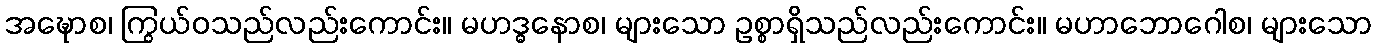
အဍ္ဎောစ၊ ကြွယ်ဝသည်လည်းကောင်း။ မဟဒ္ဓနောစ၊ များသော ဥစ္စာရှိသည်လည်းကောင်း။ မဟာဘောဂေါစ၊ များသော